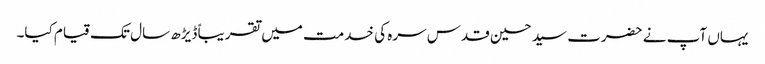
یہاں آپ نے حضرت سید حسین قدس سرہ کی خدمت میں تقریباً ڈیڑھ سال تک قیام کیا۔